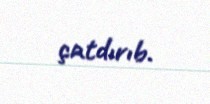
çatdırıb.